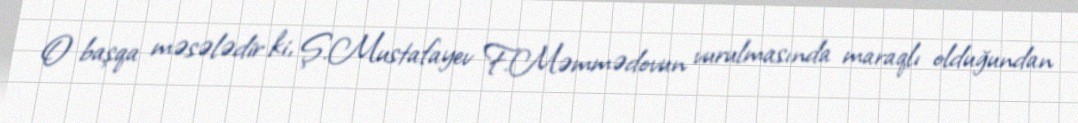
O başqa məsələdir ki, Ş.Mustafayev F.Məmmədovun vurulmasında maraqlı olduğundan